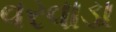
વરવાડા